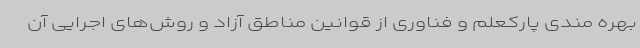
بهره مندی پارکعلم و فناوری از قوانین مناطق آزاد و روش‌های اجرایی آن